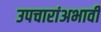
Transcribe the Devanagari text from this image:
उपचारांअभावी